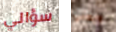
سؤالي ويعني